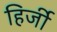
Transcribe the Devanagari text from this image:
हिर्जी